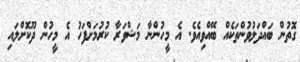
ގޮތުން ބައްދަލުވުންތަކެއް ބޭއްވިއެވެ. އެ މީހުންނާ މަޝްވަރާ ކުރުމަށްފަހު އެ މީހުން ދޫކޮށްލައި